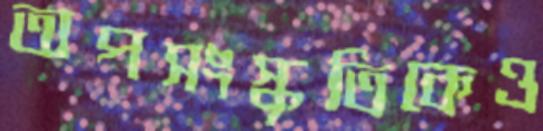
অপসংস্কৃতিকেও